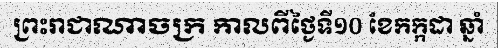
ព្រះរាជាណាចក្រ កាលពីថ្ងៃទី១០ ខែកក្កដា ឆ្នាំ